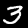
Label: 3